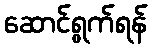
ဆောင်ရွက်ရန်